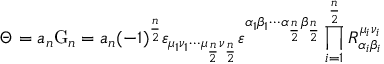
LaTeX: \Theta = a _ { n } \mathrm { G } _ { n } = a _ { n } ( - 1 ) ^ { \frac { n } { 2 } } \varepsilon _ { \mu _ { 1 } \nu _ { 1 } \cdots \mu _ { \frac { n } { 2 } } \nu _ { \frac { n } { 2 } } } \varepsilon ^ { \alpha _ { 1 } \beta _ { 1 } \cdots \alpha _ { \frac { n } { 2 } } \beta _ { \frac { n } { 2 } } } \prod _ { i = 1 } ^ { \frac { n } { 2 } } R _ { \alpha _ { i } \beta _ { i } } ^ { \mu _ { i } \nu _ { i } }